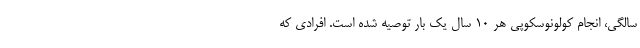
سالگی، انجام کولونوسکوپی هر 10 سال یک بار توصیه شده است. افرادی که